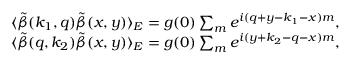
\begin{array} { r } { \langle \tilde { \beta } ( k _ { 1 } , q ) \tilde { \beta } ( x , y ) \rangle _ { E } = g ( 0 ) \sum _ { m } e ^ { i ( q + y - k _ { 1 } - x ) m } , } \\ { \langle \tilde { \beta } ( q , k _ { 2 } ) \tilde { \beta } ( x , y ) \rangle _ { E } = g ( 0 ) \sum _ { m } e ^ { i ( y + k _ { 2 } - q - x ) m } , } \end{array}